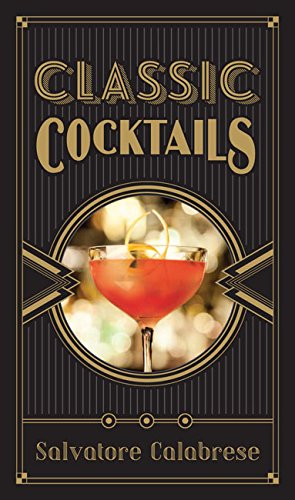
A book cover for Classic Cocktails; Salvatore Calabrese; Cookbooks, Food & Wine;